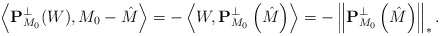
\begin{align*}\left\langle \mathbf P^{\bot}_{M_0}(W),M_0-\hat M\right\rangle=-\left\langle W ,\mathbf P^{\bot}_{M_0}\left (\hat M\right )\right\rangle=-\left \Vert \mathbf P^{\bot}_{M_0}\left (\hat M\right )\right \Vert_{*}.\end{align*}